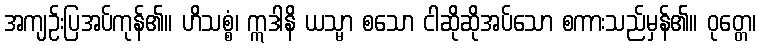
အကျဉ်းပြအပ်ကုန်၏။ ဟိသစ္စံ၊ ဣဒါနိ ယသ္မာ စသော ငါဆိုဆိုအပ်သော စကားသည်မှန်၏။ ဝုတ္တေ၊